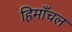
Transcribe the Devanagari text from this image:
हिमाँचल